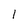
Character: 1